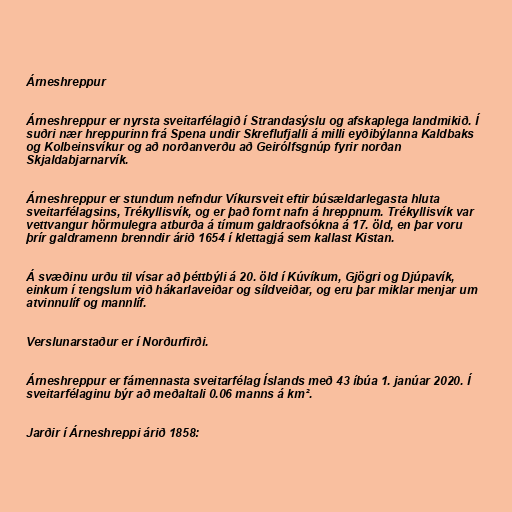
Árneshreppur

Árneshreppur er nyrsta sveitarfélagið í Strandasýslu og afskaplega landmikið. Í
suðri nær hreppurinn frá Spena undir Skreflufjalli á milli eyðibýlanna Kaldbaks
og Kolbeinsvíkur og að norðanverðu að Geirólfsgnúp fyrir norðan
Skjaldabjarnarvík.

Árneshreppur er stundum nefndur Víkursveit eftir búsældarlegasta hluta
sveitarfélagsins, Trékyllisvík, og er það fornt nafn á hreppnum. Trékyllisvík var
vettvangur hörmulegra atburða á tímum galdraofsókna á 17. öld, en þar voru
þrír galdramenn brenndir árið 1654 í klettagjá sem kallast Kistan.

Á svæðinu urðu til vísar að þéttbýli á 20. öld í Kúvíkum, Gjögri og Djúpavík,
einkum í tengslum við hákarlaveiðar og síldveiðar, og eru þar miklar menjar um
atvinnulíf og mannlíf.

Verslunarstaður er í Norðurfirði.

Árneshreppur er fámennasta sveitarfélag Íslands með 43 íbúa 1. janúar 2020. Í
sveitarfélaginu býr að meðaltali 0.06 manns á km².

Jarðir í Árneshreppi árið 1858: